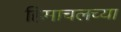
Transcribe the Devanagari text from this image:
हिमाचलच्या